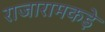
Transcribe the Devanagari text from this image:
राजारामकड़े